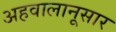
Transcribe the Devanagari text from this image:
अहवालानूसार